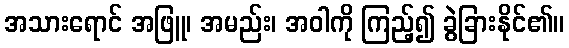
အသားရောင် အဖြူ၊ အမည်း၊ အဝါကို ကြည့်၍ ခွဲခြားနိုင်၏။